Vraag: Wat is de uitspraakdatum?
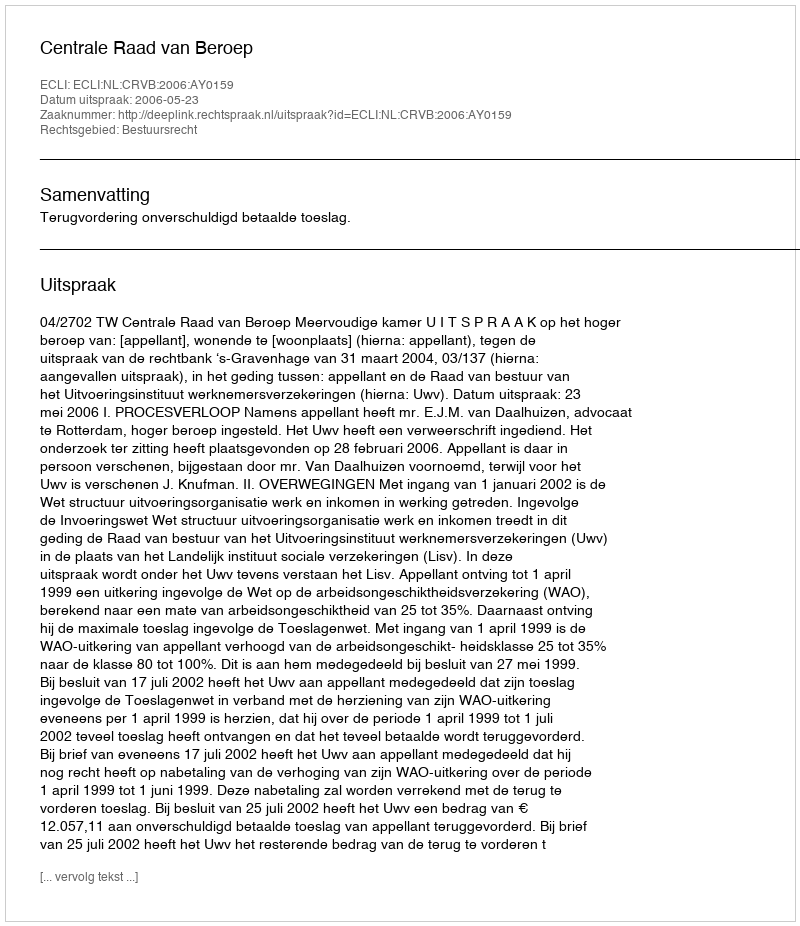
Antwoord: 2006-05-23